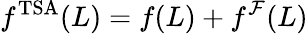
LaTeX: f^{\mathrm{TSA}}(L)=f(L)+f^{\mathcal{F}}(L)